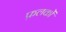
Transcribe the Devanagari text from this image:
फ़लकों